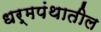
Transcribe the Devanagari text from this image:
धर्मपंथातील